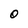
Character: O